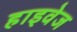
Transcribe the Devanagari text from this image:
हाइवेज